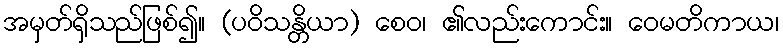
အမှတ်ရှိသည်ဖြစ်၍။ (ပဝိသန္တိယာ) စေဝ၊ ၏လည်းကောင်း။ ဝေမတိကာယ၊